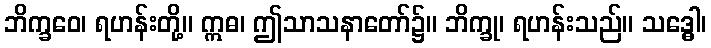
ဘိက္ခဝေ၊ ရဟန်းတို့။ ဣဓ၊ ဤသာသနာတော်၌။ ဘိက္ခု၊ ရဟန်းသည်။ သဒ္ဓေါ၊